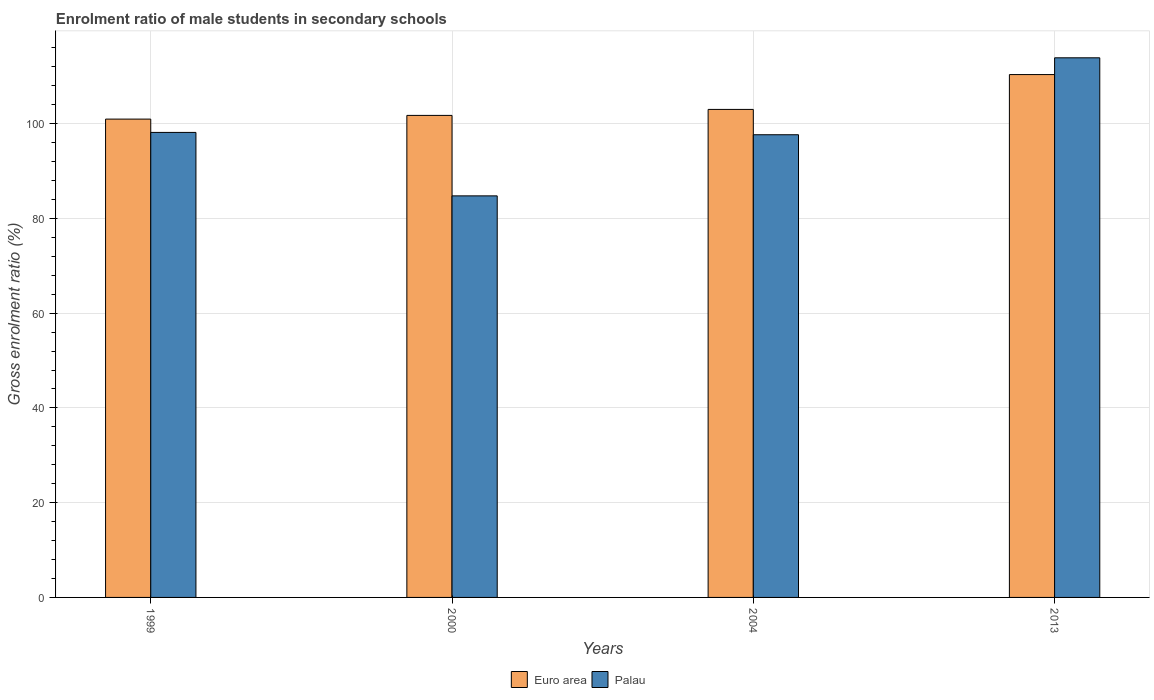
| Years | Euro area | Palau |
 | --- | --- | --- |
 | 1999 | 101 | 98.2 |
 | 2000 | 102 | 84.8 |
 | 2004 | 103 | 97.7 |
 | 2013 | 110 | 114 |